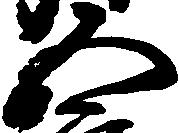
五